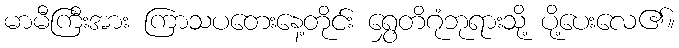
မာမီကြီးအား ကြာသပတေးနေ့တိုင်း ရွှေတိဂုံဘုရားသို့ ပို့ပေးလေ၏။